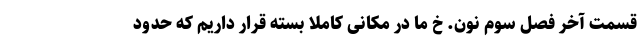
قسمت آخر فصل سوم نون. خ ما در مکانی کاملاً بسته قرار داریم که حدود